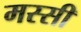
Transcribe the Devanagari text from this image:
मस्सी